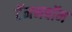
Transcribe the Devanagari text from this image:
टॅननबॉम